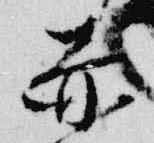
赤